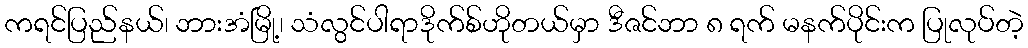
ကရင်ပြည်နယ်၊ ဘားအံမြို့၊ သံလွင်ပါရာဒိုက်စ်ဟိုတယ်မှာ ဒီဇင်ဘာ ၈ ရက် မနက်ပိုင်းက ပြုလုပ်တဲ့